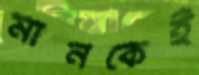
মানকেই